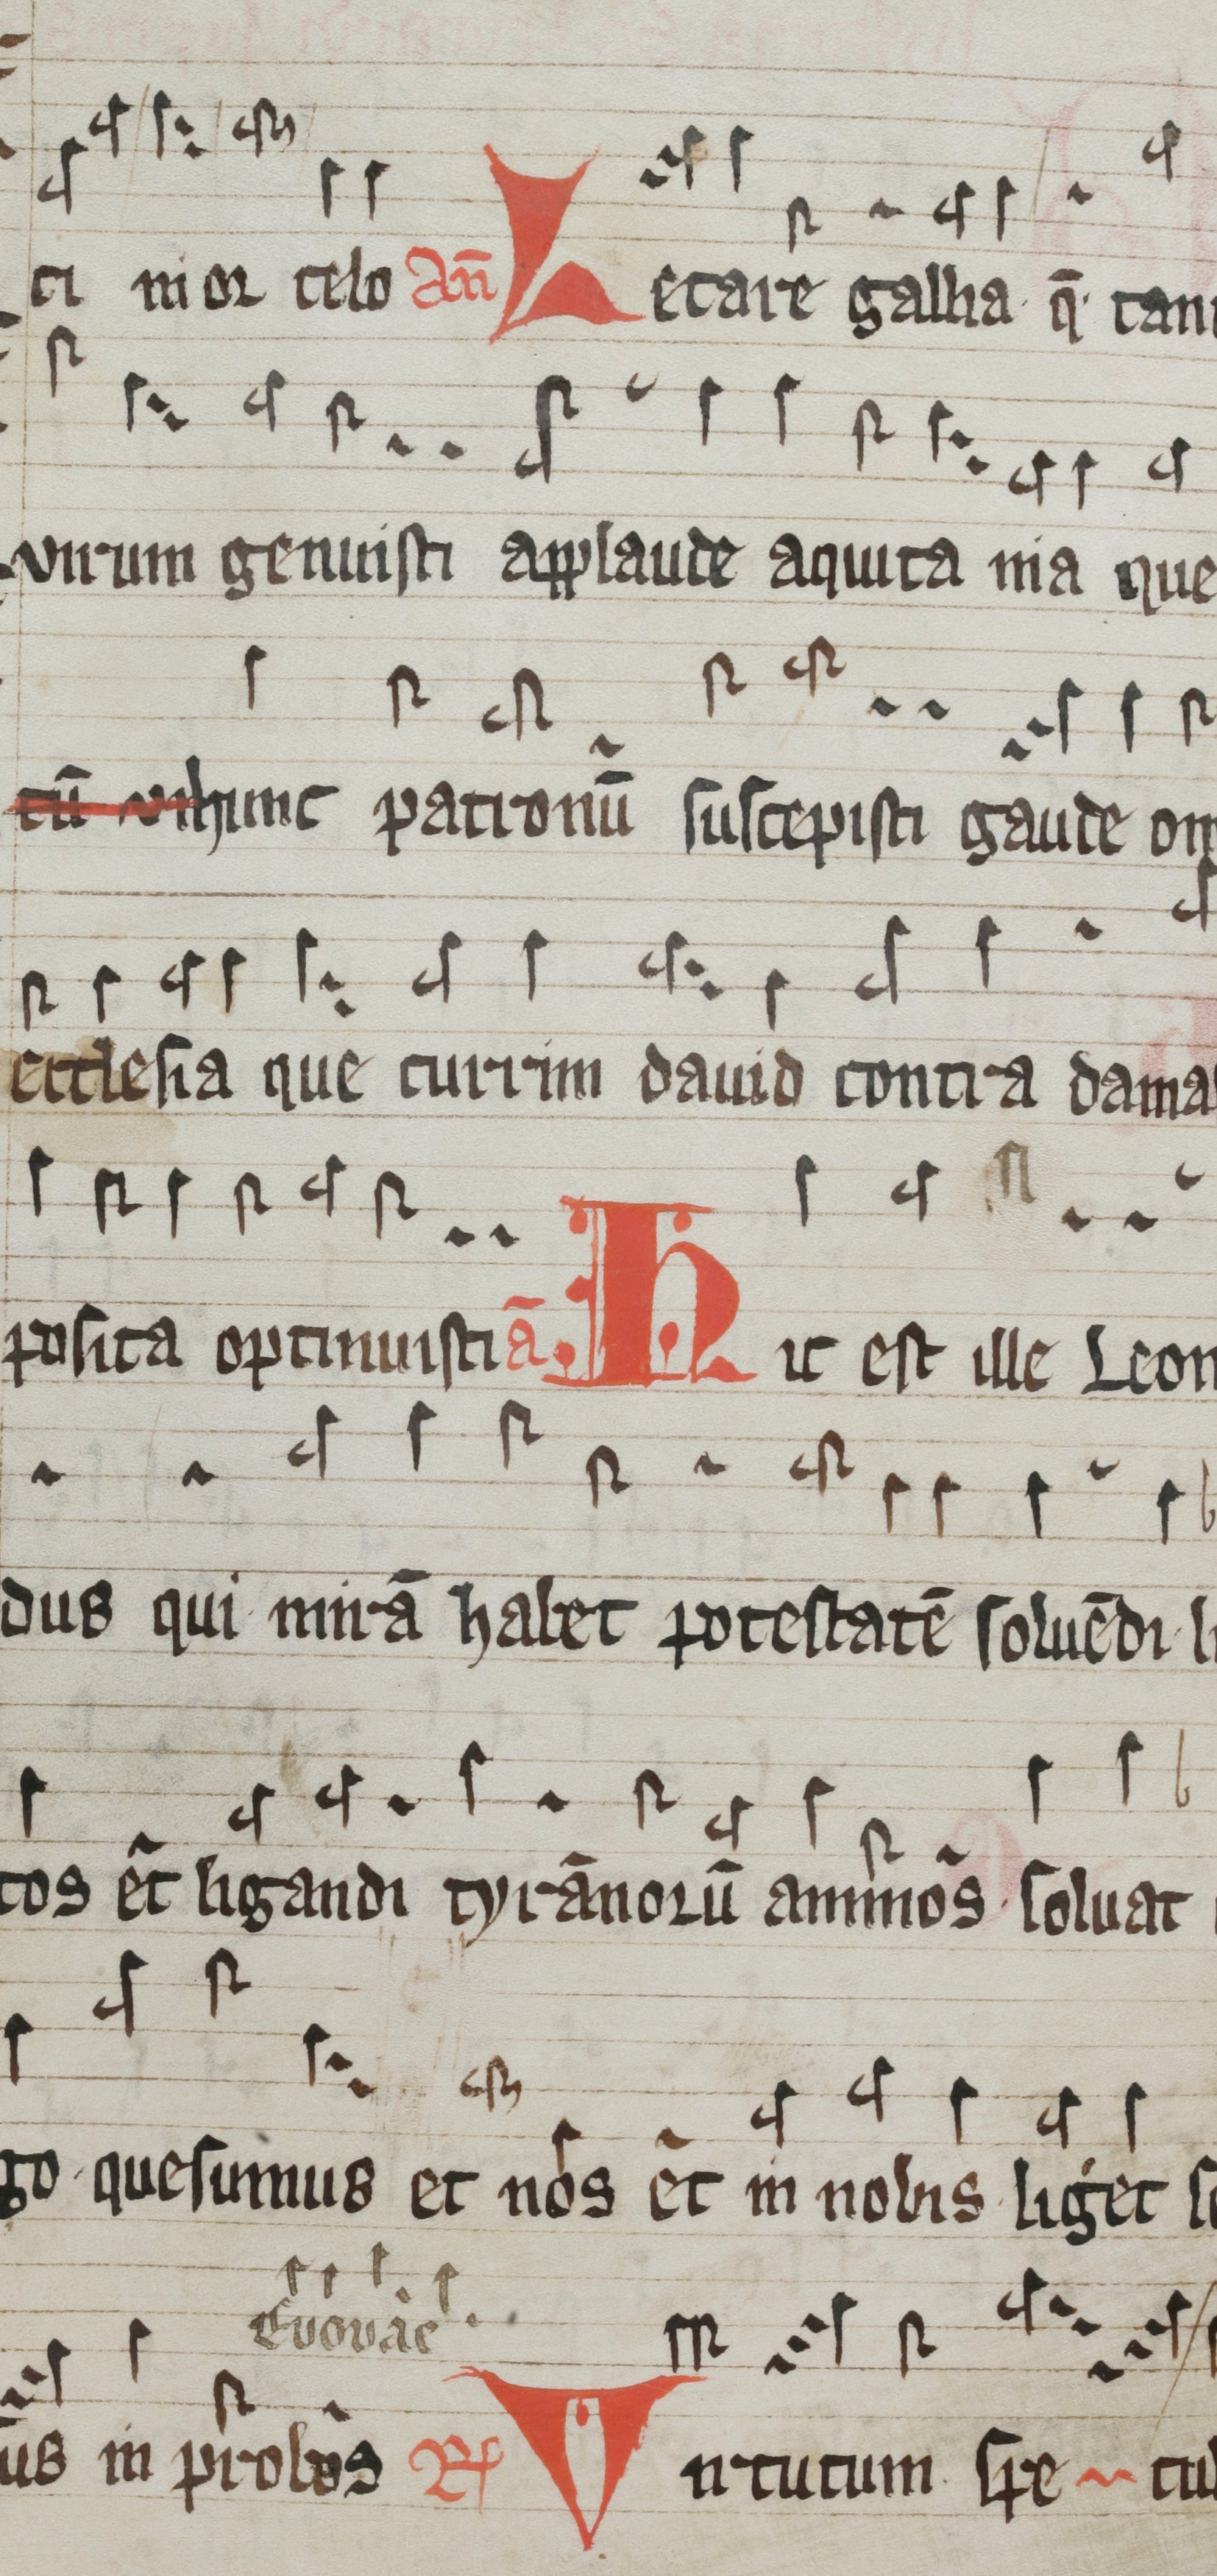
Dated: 1100–1199